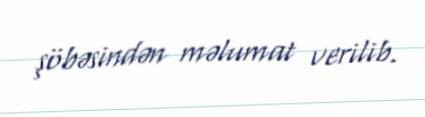
şöbəsindən məlumat verilib.